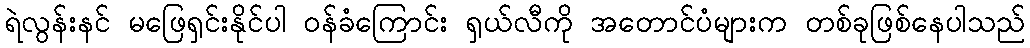
ရဲလွန်းနင် မဖြေရှင်းနိုင်ပါ ဝန်ခံကြောင်း ရှယ်လီကို အတောင်ပံများက တစ်ခုဖြစ်နေပါသည်